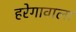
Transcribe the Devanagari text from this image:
हरेगावाला